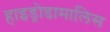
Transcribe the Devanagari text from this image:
हाइड्रोडामालिस